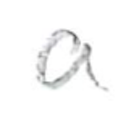
Text: a
Cross-out: clean
Writing tool: pencil